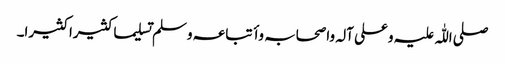
صلی اللّٰہ علیہ وعلی آلہ واصحابہ وأتباعہ وسلم تسلیما کثیرا کثیرا۔